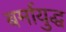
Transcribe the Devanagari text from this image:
बर्मायुद्ध